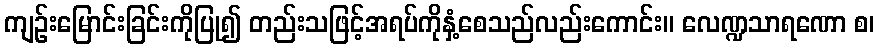
ကျဉ်းမြောင်းခြင်းကိုပြု၍ တည်းသဖြင့်အရပ်ကိုနှံ့စေသည်လည်းကောင်း။ လေဏ္ဍသာရဏော စ၊